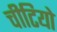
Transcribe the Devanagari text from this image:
चीटियो